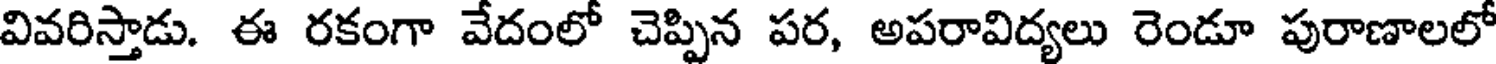
వివరిస్తాడు. ఈ రకంగా వేదంలో చెప్పిన పర, అపరావిద్యలు రెండూ పురాణాలలో